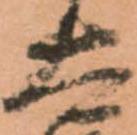
太